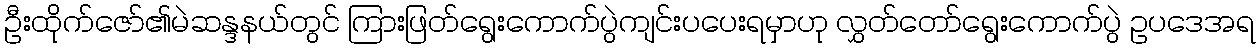
ဦးထိုက်ဇော်၏မဲဆန္ဒနယ်တွင် ကြားဖြတ်ရွေးကောက်ပွဲကျင်းပပေးရမှာဟု လွှတ်တော်ရွေးကောက်ပွဲ ဥပဒေအရ